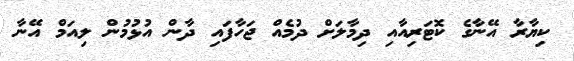
ކިޔާރާ އޭނާގެ ކޮޓަރިއާއި ދިމާލަށް ދުމެއް ޖަހާފައި ދާން އުޅުމުން ލިއަމް އޭނާ